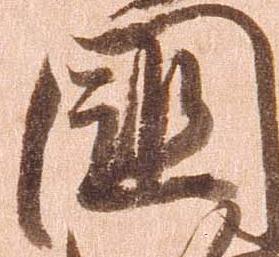
国